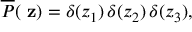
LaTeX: \overline { { { P } } } ( \mathrm { \bf ~ z } ) = \delta ( z _ { 1 } ) \, \delta ( z _ { 2 } ) \, \delta ( z _ { 3 } ) ,